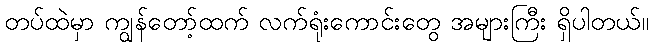
တပ်ထဲမှာ ကျွန်တော့်ထက် လက်ရုံးကောင်းတွေ အများကြီး ရှိပါတယ်။